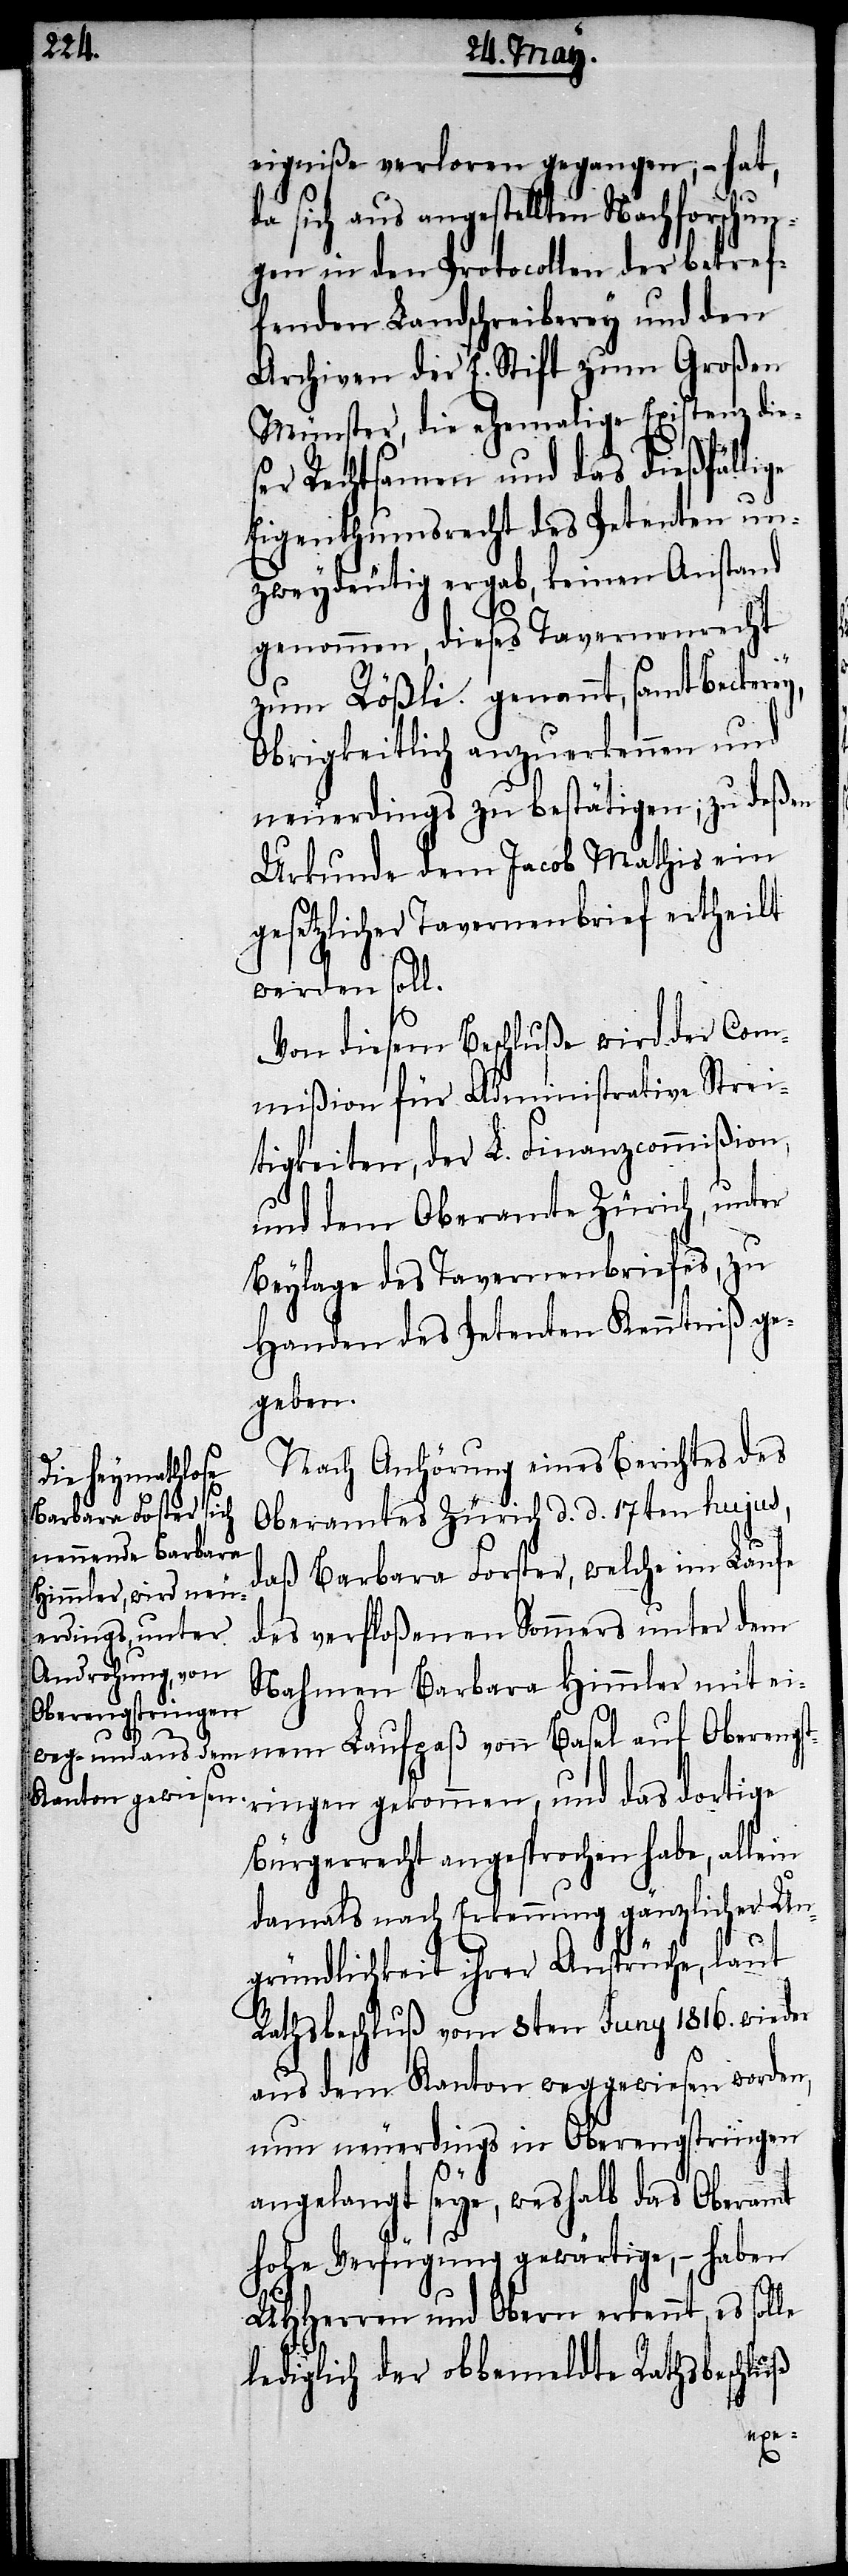
eigniße verloren gegangen, – hat,
da sich aus angestellten Nachforschun¬
gen in den Protocollen der betref¬
fenden Landschreiberey und den
Archiven der E. Stift zum Großen
Münster, die ehemalige Existenz die¬
ser Rechtsamen und das dießfällige
Eigenthumsrecht des Petenten un¬
zweydeutig ergab, keinen Anstand
genommen, dieses Tavernenrecht
zum Rößli genannt, samt Beckerey,
Obrigkeitlich anzuerkennen und
neuerdings zu bestätigen; zu deßen
Urkunde dem Jacob Mathis ein
gesetzlicher Tavernenbrief ertheilt
werden soll.
Von diesem Beschluße wird der Com¬
mißion für Administrative Strei¬
tigkeiten, der L. Finanzcommißion,
auf dem Oberamte Zürich, unter
Beylage des Tavernenbriefes, zu
Handen des Petenten Kenntniß ge¬
geben.
Nach Anhörung eines Berichtes des
Oberamtes Zürich d. d. 17ten hujus,
daß Barbara Forster, welche im Laufe
des verfloßenen Sommers unter dem
Nahmen Barbara Himmler mit ei¬
Oberengst¬
ringen gekommen, und das dortige
Bürgerrecht angesprochen habe, allein
damals nach Erkennung gänzlicher Un¬
gründlichkeit ihrer Ansprüche, laut
Rathsbeschluß vom 8ten Juny 1816. wieder
aus dem Kanton weggewiesen worden,
nun neuerdings in Oberengstringen
angelangt seye, weshalb das Oberamt
hohe Verfügung gewärtige, – haben
UHHerren und Obern erkennt, es sol¬
lediglich der obbemeldte Rathsbeschluß
Basel
le